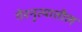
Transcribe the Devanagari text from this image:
गेरनृत्यातील